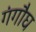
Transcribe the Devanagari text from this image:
गंगौघ